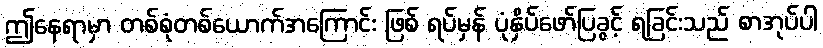
ဤနေရာမှာ တစ်စုံတစ်ယောက်အကြောင်း ဖြစ် ရပ်မှန် ပုံနှိပ်ဖော်ပြခွင့် ရခြင်းသည် စာအုပ်ပါ